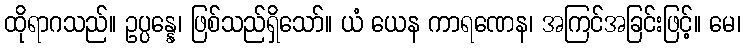
ထိုရာဂသည်။ ဥပ္ပန္နေ၊ ဖြစ်သည်ရှိသော်။ ယံ ယေန ကာရဏေန၊ အကြင်အခြင်းဖြင့်။ မေ၊